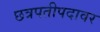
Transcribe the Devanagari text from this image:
छत्रपतीपदावर